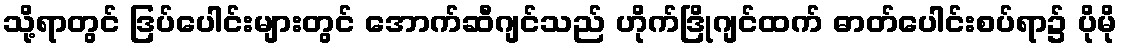
သို့ရာတွင် ဒြပ်ပေါင်းများတွင် အောက်ဆီဂျင်သည် ဟိုက်ဒြိုဂျင်ထက် ဓာတ်ပေါင်းစပ်ရာ၌ ပိုမို